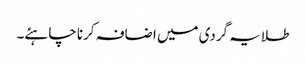
طلایہ گردی میں اضافہ کرنا چاہئے۔